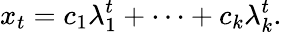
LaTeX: x_{t}=c_{1}\lambda_{1}^{t}+\cdots+c_{k}\lambda_{k}^{t}.